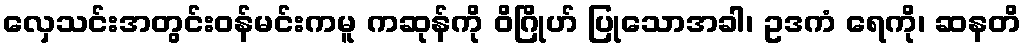
လှေသင်းအတွင်းဝန်မင်းကမူ ကဆုန်ကို ဝိဂြိုဟ် ပြုသောအခါ၊ ဥဒကံ ရေကို၊ ဆနတိ